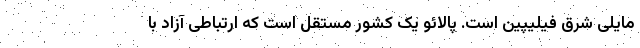
مایلی شرق فیلیپین است. پالائو یک کشور مستقل است که ارتباطی آزاد با